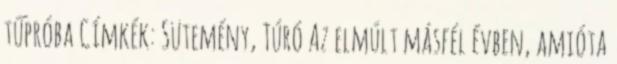
tűpróba Címkék: Sütemény, Túró Az elmúlt másfél évben, amióta